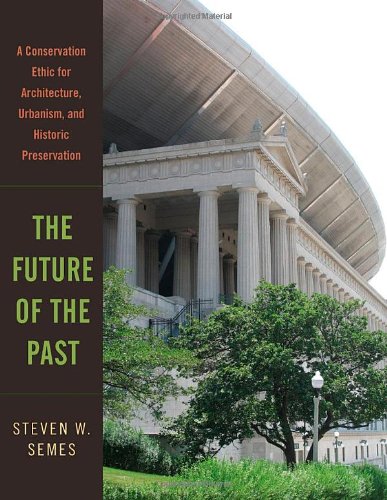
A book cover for The Future of the Past: A Conservation Ethic for Architecture, Urbanism, and Historic Preservation; Steven W. Semes; Arts & Photography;